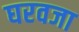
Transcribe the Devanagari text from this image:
घरवजा